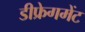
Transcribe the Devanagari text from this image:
डीफ्रेगमेंट